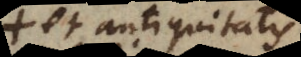
et antiquitatis